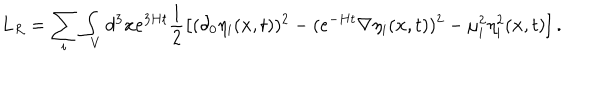
L _ { R } = \sum _ { i } \int _ { V } d ^ { 3 } { \bf x } e ^ { 3 H t } \frac { 1 } { 2 } \left[ ( \partial _ { 0 } \eta _ { i } ( { \bf x } , t ) ) ^ { 2 } - ( e ^ { - H t } { \bf \nabla } \eta _ { i } ( { \bf x } , t ) ) ^ { 2 } - \mu _ { i } ^ { 2 } \eta _ { i } ^ { 2 } ( { \bf x } , t ) \right] .